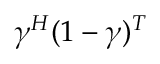
\gamma ^ { H } ( 1 - \gamma ) ^ { T }